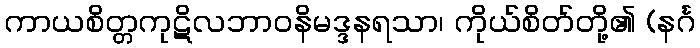
ကာယစိတ္တကုဋိလဘာဝနိမဒ္ဒနရသာ၊ ကိုယ်စိတ်တို့၏ (နင်္ဂ